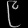
Digit: ၉